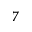
^ { 7 }